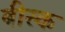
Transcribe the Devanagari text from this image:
बीस्क